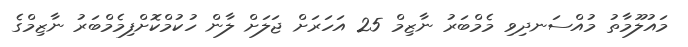
މައުލޫމާތު މުއްސަނދިވި މެމްބަރު ނާޒިމް 25 އަހަރަށް ޖަލަށް ލާން ހުކުމްކޮށްފިމެމްބަރު ނާޒިމްގެ